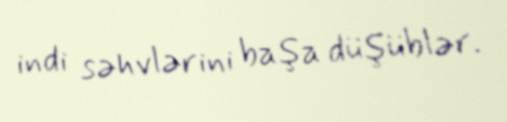
indi səhvlərini başa düşüblər.